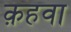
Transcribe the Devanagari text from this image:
क़हवा